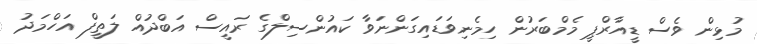
މުޅިން ވެސް ޑީއާރްޕީ މެމްބަރުން ހިމެނިވަޑައިގަންނަވާ ކައުންސިލްގެ ރައީސް އަބްދުއް ލަތީފް އަހްމަދު